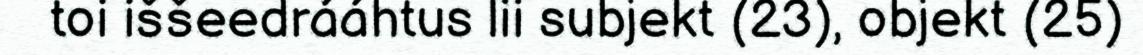
toi iššeedrááhtus lii subjekt (23), objekt (25)